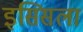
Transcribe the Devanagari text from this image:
इसिसला